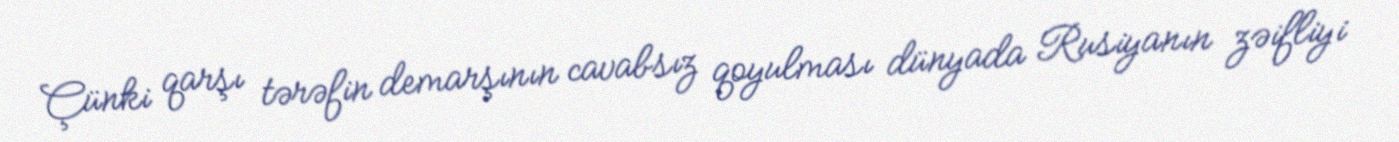
Çünki qarşı tərəfin demarşının cavabsız qoyulması dünyada Rusiyanın zəifliyi